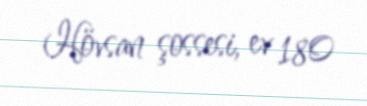
Hövsan şossesi, ev 180